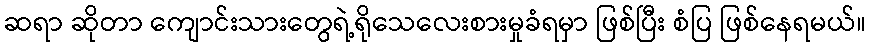
ဆရာ ဆိုတာ ကျောင်းသားတွေရဲ့ရိုသေလေးစားမှုခံရမှာ ဖြစ်ပြီး စံပြ ဖြစ်နေရမယ်။